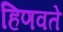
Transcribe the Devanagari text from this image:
हिणवते